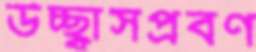
উচ্ছ্বাসপ্রবণ